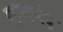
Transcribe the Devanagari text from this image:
नागनंद